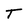
Character: t